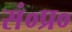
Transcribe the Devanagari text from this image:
सं०प्र०